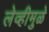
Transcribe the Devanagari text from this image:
लेव्हीमुळे